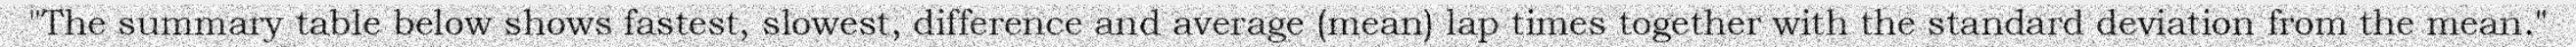
"The summary table below shows fastest, slowest, difference and average (mean) lap times together with the standard deviation from the mean."